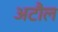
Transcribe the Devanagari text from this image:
अटौल